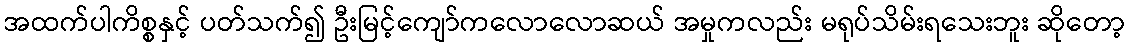
အထက်ပါကိစ္စနှင့် ပတ်သက်၍ ဦးမြင့်ကျော်ကလောလောဆယ် အမှုကလည်း မရုပ်သိမ်းရသေးဘူး ဆိုတော့